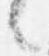
々